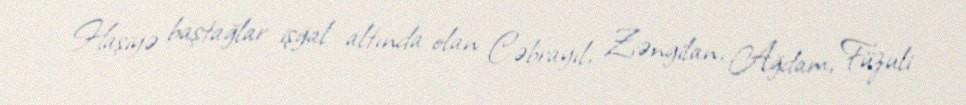
Haşiyə baştağlar işğal altında olan Cəbrayıl, Zəngilan, Ağdam, Füzuli